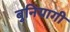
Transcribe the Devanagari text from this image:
बुनियागी